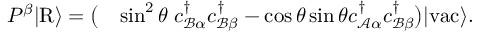
\begin{array} { r l } { P ^ { \beta } \vert \mathrm { R } \rangle = \big ( } & { \sin ^ { 2 } \theta \; { c } _ { \mathcal { B } \alpha } ^ { \dagger } { c } _ { \mathcal { B } \beta } ^ { \dagger } - \cos \theta \sin \theta { c } _ { \mathcal { A } \alpha } ^ { \dagger } { c } _ { \mathcal { B } \beta } ^ { \dagger } \big ) \vert \mathrm { v a c } \rangle . } \end{array}